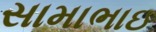
સામાભાઇ